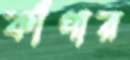
কাঁপার